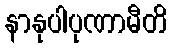
နာနုပါပုဏာမီတိ